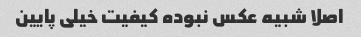
اصلا شبیه عکس نبوده کیفیت خیلی پایین